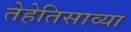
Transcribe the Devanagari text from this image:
तेहेतिसाव्या